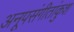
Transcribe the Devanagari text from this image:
अनूपसंगीतांकुश